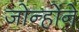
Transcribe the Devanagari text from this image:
जोन्होंने